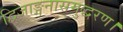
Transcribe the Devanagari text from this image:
द्विजाङ्गनासमुद्धरण।